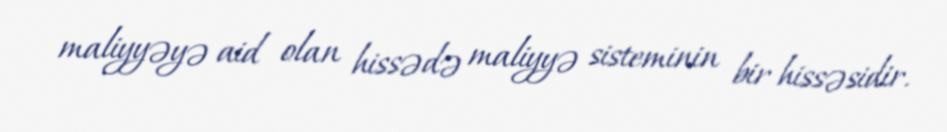
maliyyəyə aid olan hissədə maliyyə sisteminin bir hissəsidir.